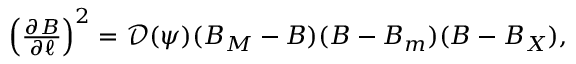
\begin{array} { r } { \left( \frac { \partial B } { \partial \ell } \right) ^ { 2 } = \mathcal { D } ( \psi ) ( B _ { M } - B ) ( B - B _ { m } ) ( B - B _ { X } ) , } \end{array}